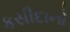
કસીદાનો